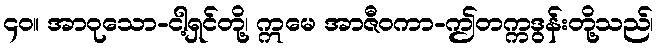
၄၀။ အာဝုသော-ငါ့ရှင်တို့၊ ဣမေ အာဇီဝကာ-ဤတက္ကဒွန်းတို့သည်၊